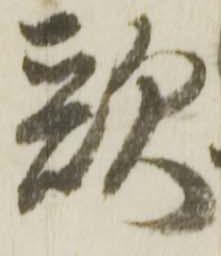
歌